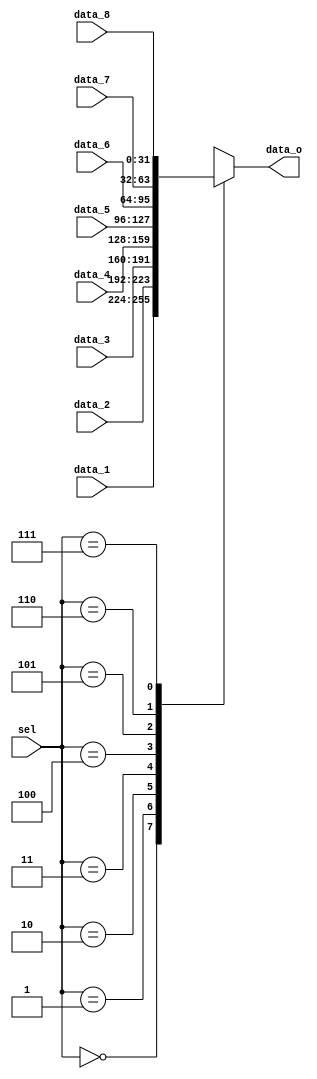
module Multiplexer8Way #(parameter width=32) (
	input		[width-1:0]	data_1, data_2, data_3, data_4,
							data_5, data_6, data_7, data_8,
	input 		[2:0]		sel,
	output reg 	[width-1:0]	data_o
);
	
	always @ (*)
	begin
		case (sel)
			3'b000	:	data_o = data_1;
			3'b001	:	data_o = data_2;
			3'b010	:	data_o = data_3;
			3'b011	:	data_o = data_4;
			3'b100	:	data_o = data_5;
			3'b101	:	data_o = data_6;
			3'b110	:	data_o = data_7;
			3'b111	:	data_o = data_8;
		endcase
	end

endmodule